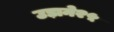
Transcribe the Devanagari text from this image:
उड़ाने२५